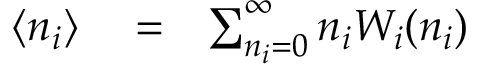
\begin{array} { r l r } { \langle n _ { i } \rangle } & { { } = } & { \sum _ { n _ { i } = 0 } ^ { \infty } n _ { i } W _ { i } ( n _ { i } ) } \end{array}